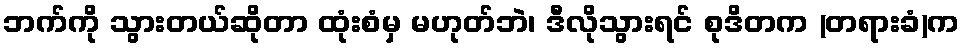
ဘက်ကို သွားတယ်ဆိုတာ ထုံးစံမှ မဟုတ်ဘဲ၊ ဒီလိုသွားရင် စုဒိတက (တရားခံ)က